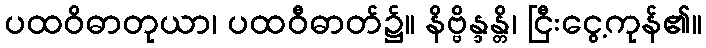
ပထဝိဓာတုယာ၊ ပထဝီဓာတ်၌။ နိဗ္ဗိန္ဒန္တိ၊ ငြီးငွေ့ကုန်၏။